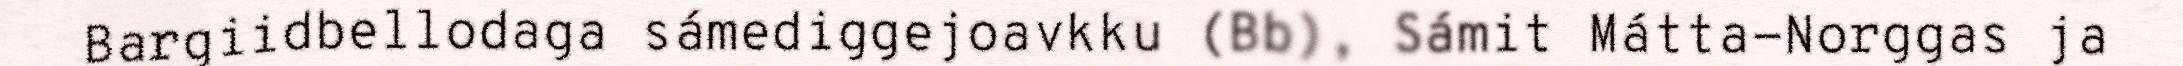
Bargiidbellodaga sámediggejoavkku (Bb), Sámit Mátta-Norggas ja